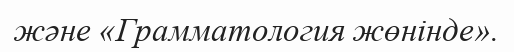
және «Грамматология жөнінде».